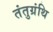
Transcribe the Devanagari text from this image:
तंतुग्रंथि